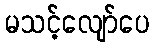
မသင့်လျော်ပေ